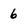
Character: 6